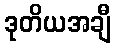
ဒုတိယအချီ